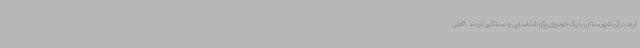
تردد در آن شهرستان با یک خودروی پژو شناسایی و دستگیر کردند . ثقفی